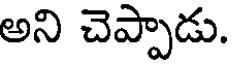
అని చెప్పాడు.